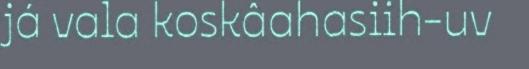
já vala koskâahasiih-uv